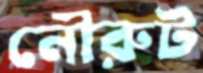
নৌরুট